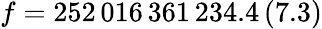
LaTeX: f=252\, 016\, 361\, 234.4\, (7.3)